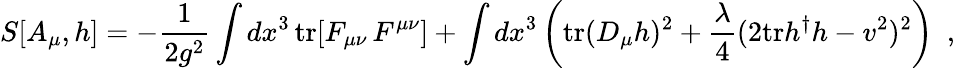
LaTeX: S[A_{\mu},h]=-\frac{1}{2g^{2}}\int dx^{3}\, \mathrm{tr}[F_{\mu\nu}\, F^{\mu\nu}]+\int dx^{3}\left(\mathrm{tr}(D_{\mu}h)^{2}+\frac{\lambda}{4}(2\mathrm{tr}h^{\dagger}h-v^{2})^{2}\right)\, \, \, ,